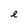
Character: e